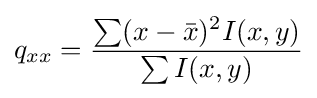
q_{xx}={\frac {\sum (x-{\bar {x}})^{2}I(x,y)}{\sum I(x,y)}}